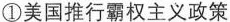
①美国推行霸权主义政策